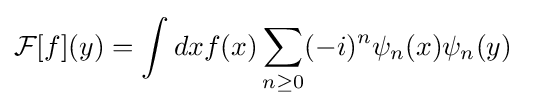
{\mathcal {F}}[f](y)=\int dxf(x)\sum _{n\geq 0}(-i)^{n}\psi _{n}(x)\psi _{n}(y)~